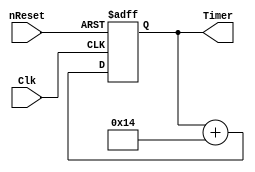
//==============================================================================
// Copyright (C) John-Philip Taylor
// jpt13653903@gmail.com
//
// This file is part of a library
//
// This file is free software: you can redistribute it and/or modify
// it under the terms of the GNU General Public License as published by
// the Free Software Foundation, either version 3 of the License, or
// (at your option) any later version.
// 
// This program is distributed in the hope that it will be useful,
// but WITHOUT ANY WARRANTY; without even the implied warranty of
// MERCHANTABILITY or FITNESS FOR A PARTICULAR PURPOSE.  See the
// GNU General Public License for more details.
// 
// You should have received a copy of the GNU General Public License
// along with this program.  If not, see <http://www.gnu.org/licenses/>
//==============================================================================

module Timer #(
  parameter inc = 5'd20 // 1/f_Clk * 1e9
)(
  input           nReset,
  input           Clk,
  output reg[63:0]Timer // [ns]
);
//------------------------------------------------------------------------------

  always @(negedge nReset, posedge Clk) begin
    if(!nReset) Timer <= 0;
    else        Timer <= Timer + inc;
  end
endmodule
//------------------------------------------------------------------------------